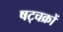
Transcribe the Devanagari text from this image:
षट्चक्रों